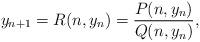
LaTeX: \begin{align*} y_{n+1} = R(n,y_n)=\frac{P(n,y_n)}{Q(n,y_n)}, \end{align*}